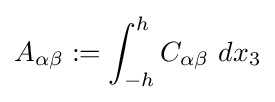
A_{\alpha \beta }:=\int _{-h}^{h}C_{\alpha \beta }~dx_{3}